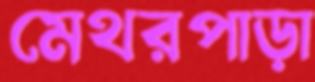
মেথরপাড়া